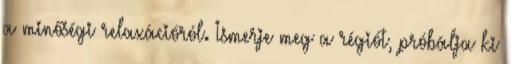
a minőségi relaxációról. Ismerje meg a régiót, próbálja ki